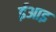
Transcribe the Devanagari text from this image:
ईआइ